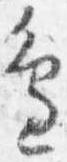
辺